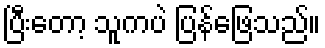
ပြီးတော့ သူကပဲ ပြန်ဖြေသည်။